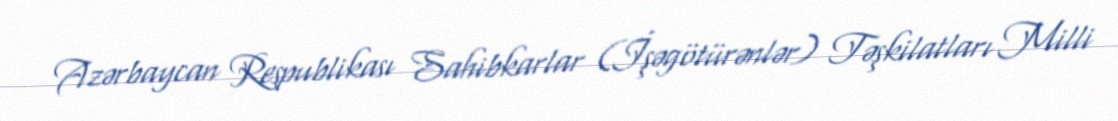
Azərbaycan Respublikası Sahibkarlar (İşəgötürənlər) Təşkilatları Milli